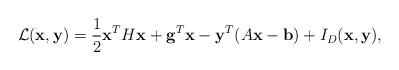
LaTeX: \begin{align*} \mathcal{L}(\mathbf{x}, \mathbf{y})=\frac{1}{2}\mathbf{x}^TH\mathbf{x} +\mathbf{g}^T\mathbf{x}-\mathbf{y}^T(A\mathbf{x} -\mathbf{b}) + I_D(\mathbf{x}, \mathbf{y}),\end{align*}